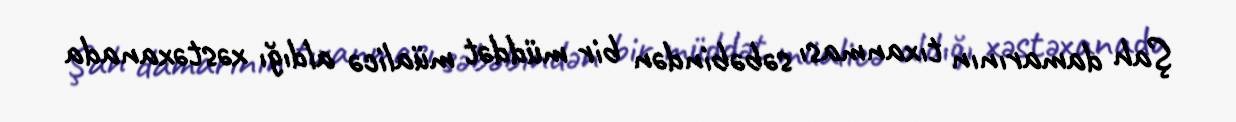
Şah damarının tıxanması səbəbindən bir müddət müalicə aldığı xəstəxanada